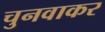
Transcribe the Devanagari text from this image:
चुनवाकर